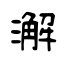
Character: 澥